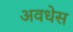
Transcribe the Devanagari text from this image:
अवधेस